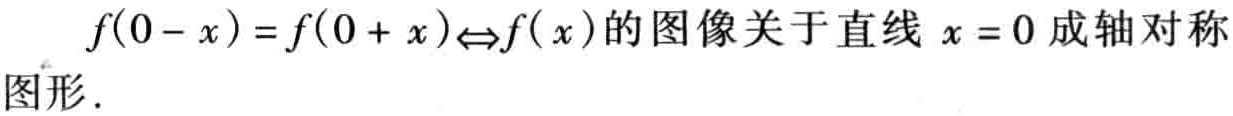
\(f(0 - x)=f(0 + x)\Leftrightarrow f(x)\)的图像关于直线\(x = 0\)成轴对称图形.